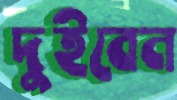
দুইবেন